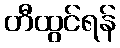
တီထွင်ရန်